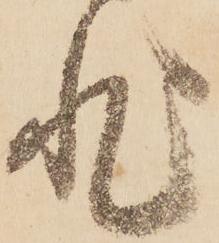
非